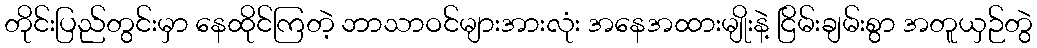
တိုင်းပြည်တွင်းမှာ နေထိုင်ကြတဲ့ ဘာသာဝင်များအားလုံး အနေအထားမျိုးနဲ့ ငြိမ်းချမ်းစွာ အတူယှဉ်တွဲ